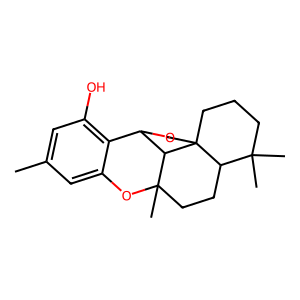
SMILES: Cc1cc(O)c2c(c1)OC1(C)CCC3C(C)(C)CCCC34COC2C14
Inhibits HIV replication: No